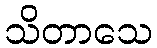
သိတာသေ